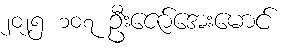
၂၀၂၅ ၁၀၇ ဦးဇော်အေးမောင်